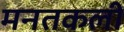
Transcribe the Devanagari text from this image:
मनतकली